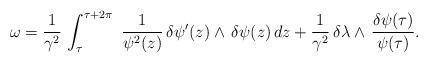
LaTeX: \begin{align*}\omega = \frac{1}{\gamma^2}\,\int_\tau^{\tau +2\pi}\,\, \frac{1}{\psi^2(z)}\,\delta\psi'(z)\wedge\,\delta\psi(z)\,dz +\frac{1}{\gamma^2}\,\delta\lambda \wedge\, \frac{\delta\psi(\tau)}{\psi(\tau)}.\end{align*}